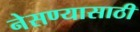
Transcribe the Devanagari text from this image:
नेसण्यासाठी